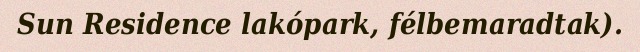
Sun Residence lakópark, félbemaradtak).